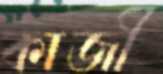
কাজী